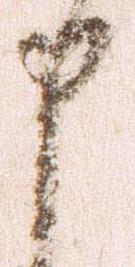
申